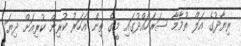
ރިޔާދުގެ އަލް ތުމާމާ ސަރަހައްދުގައި މީގެ ތިން އަހަރު ކުރިން ކުރިއަށް ދިޔަ